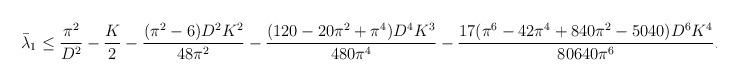
LaTeX: \begin{align*}\bar{\lambda}_1 \leq \frac{\pi^2}{D^2}-\frac{K}{2} -\frac{(\pi^2-6)D^2K^2}{48\pi^2}-\frac{(120-20\pi^2+\pi^4)D^4K^3}{480\pi^4}-\frac{17(\pi^6-42\pi^4+840\pi^2-5040)D^6K^4}{80640\pi^6}. \end{align*}